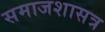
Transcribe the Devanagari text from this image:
समाजशासत्र